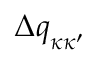
\Delta \boldsymbol { q } _ { \kappa \kappa ^ { \prime } }